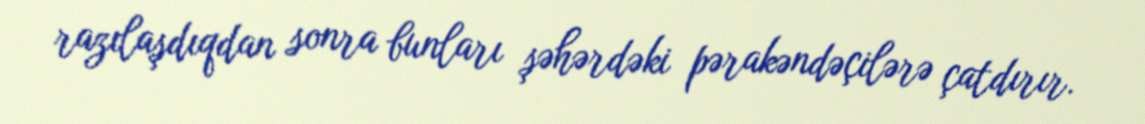
razılaşdıqdan sonra bunları şəhərdəki pərakəndəçilərə çatdırır.